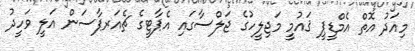
މިއަދު އޮތް އެމްޑީޕީ ޤައުމީ މަޖިލީހުގެ ޖަލްސާގައި އެޕާޓީގެ ޗެއަރޕާސަން އަލީ ވަހީދު